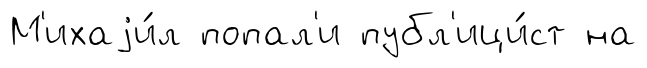
М'ихаjи́л попал'и публ'ици́ст на